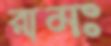
রামঃ